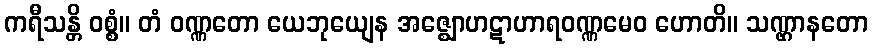
ကရီသန္တိ ဝစ္စံ။ တံ ဝဏ္ဏတော ယေဘုယျေန အဇ္ဈောဟဋာဟာရဝဏ္ဏမေဝ ဟောတိ။ သဏ္ဌာနတော